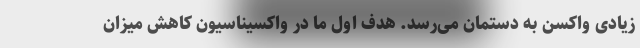
زیادی واکسن به دستمان می‌رسد. هدف اول ما در واکسیناسیون کاهش میزان